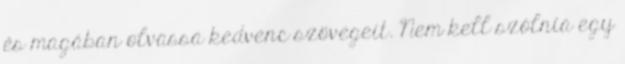
és magában olvassa kedvenc szövegeit. Nem kell szólnia egy